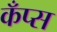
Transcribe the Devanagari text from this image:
कँप्स